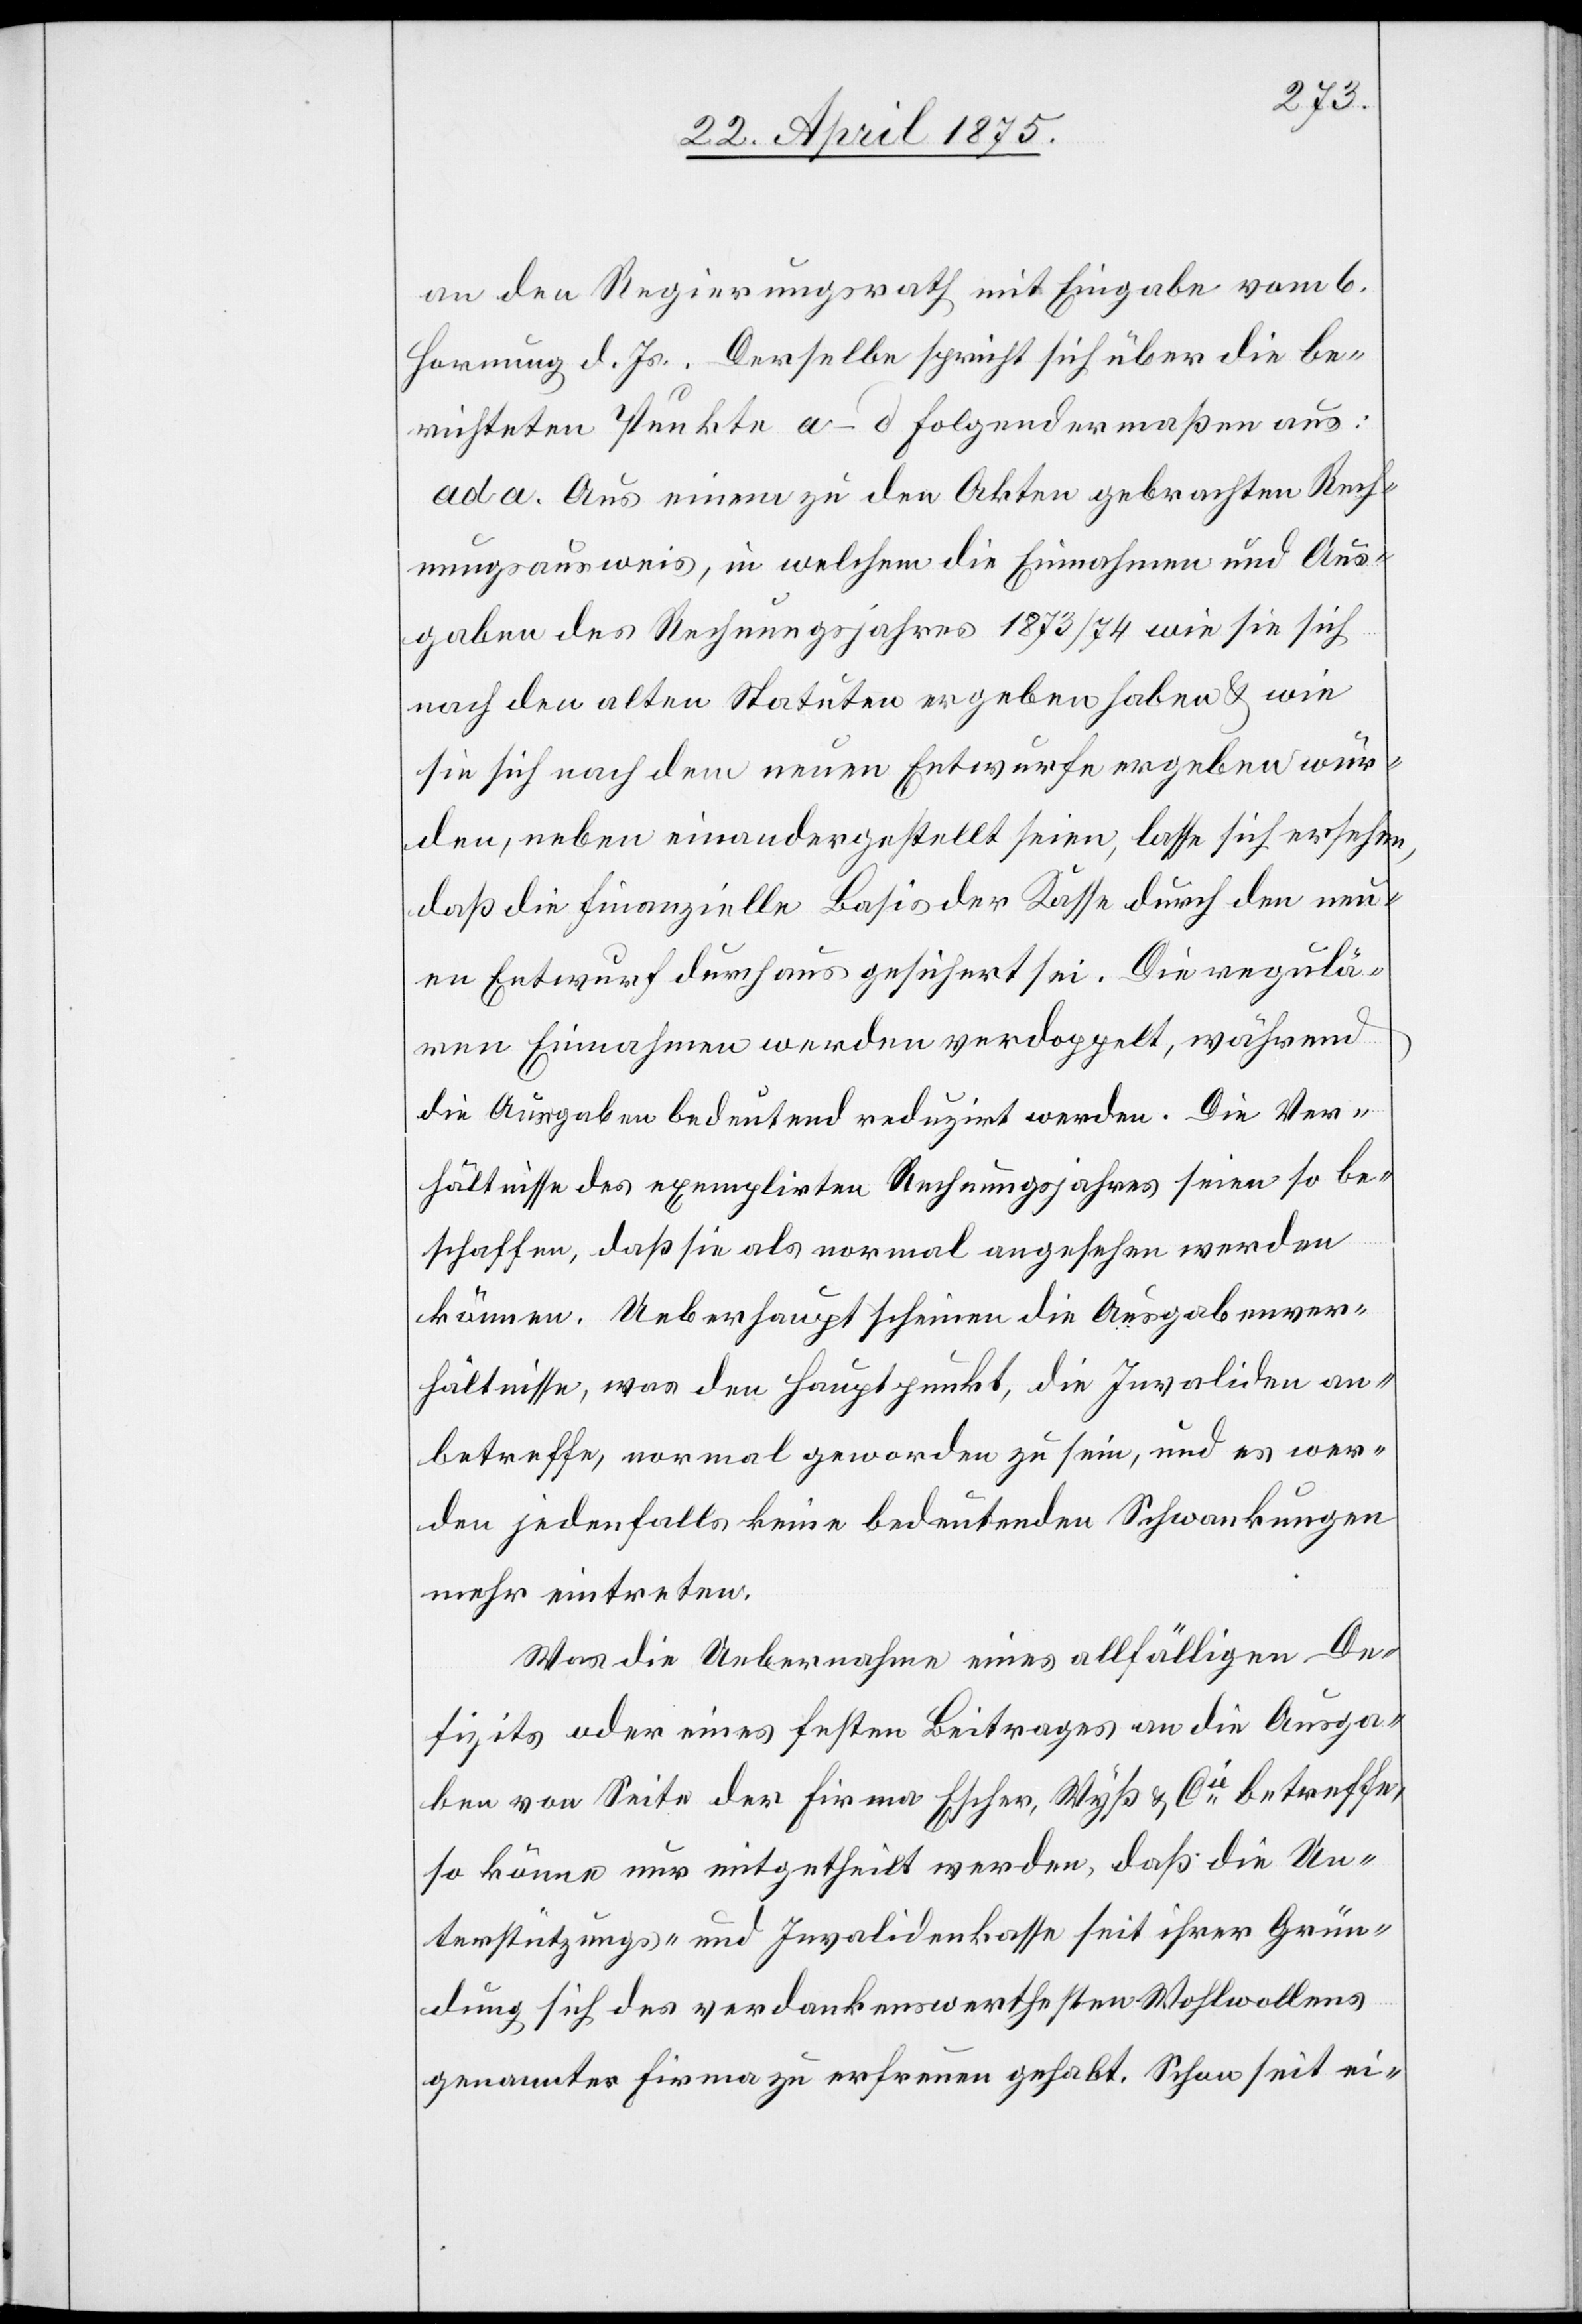
an den Regierungsrath mit Eingabe vom 6.
Hornung d. Js. Derselbe spricht sich über die be¬
richteten Punkte a–d folgendermaßen aus:
ad. a. Aus einem zu den Akten gebrachten Rech¬
nungsausweis, in welchem die Einnahmen und Aus¬
gaben des Regierungsjahres 1873/74 wie sie sich
nach den alten Statuten ergeben haben & wie
sie sich nach dem neuen Entwurfe ergeben wür¬
den, neben einandergestellt seien, lasse sich ersehen,
daß die finanzielle Basis der Kasse durch den neu¬
en Entwurf durchaus gesichert sei. Die regulä¬
ren Einnahmen werden verdoppelt, während
die Ausgaben bedeutend reduzirt werden. Die Ver¬
hältnisse des exemplirten Rechnungsjahres seien so be¬
schaffen, daß sie als normal angesehen werden
können. Ueberhaupt scheinen die Ausgabenver¬
hältnisse, was den Hauptpunkt, die Invaliden an¬
betreffe, normal geworden zu sein, und es wer¬
den jedenfalls keine bedeutenden Schwankungen
mehr eintreten.
Was die Uebernahme eines allfälligen De¬
fizits oder eines festen Beitrages an die Ausga¬
ben von Seite der Firma Escher, Wyß & Cie betreffe,
so könne nur mitgetheilt werden, daß die Un¬
terstützungs- und Invalidenkasse seit ihrer Grün¬
dung sich des verdankenswerthesten Wohlwollens
genannter Firma zu erfreuen gehabt. Schon seit ei-